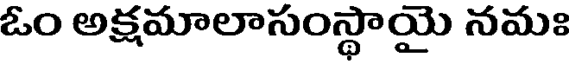
ఓం అక్షమాలాసంస్థాయై నమః